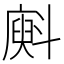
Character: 𱡨